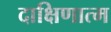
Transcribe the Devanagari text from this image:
दाक्षिणात्म